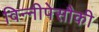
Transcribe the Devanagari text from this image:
विन्नीपेसौकी